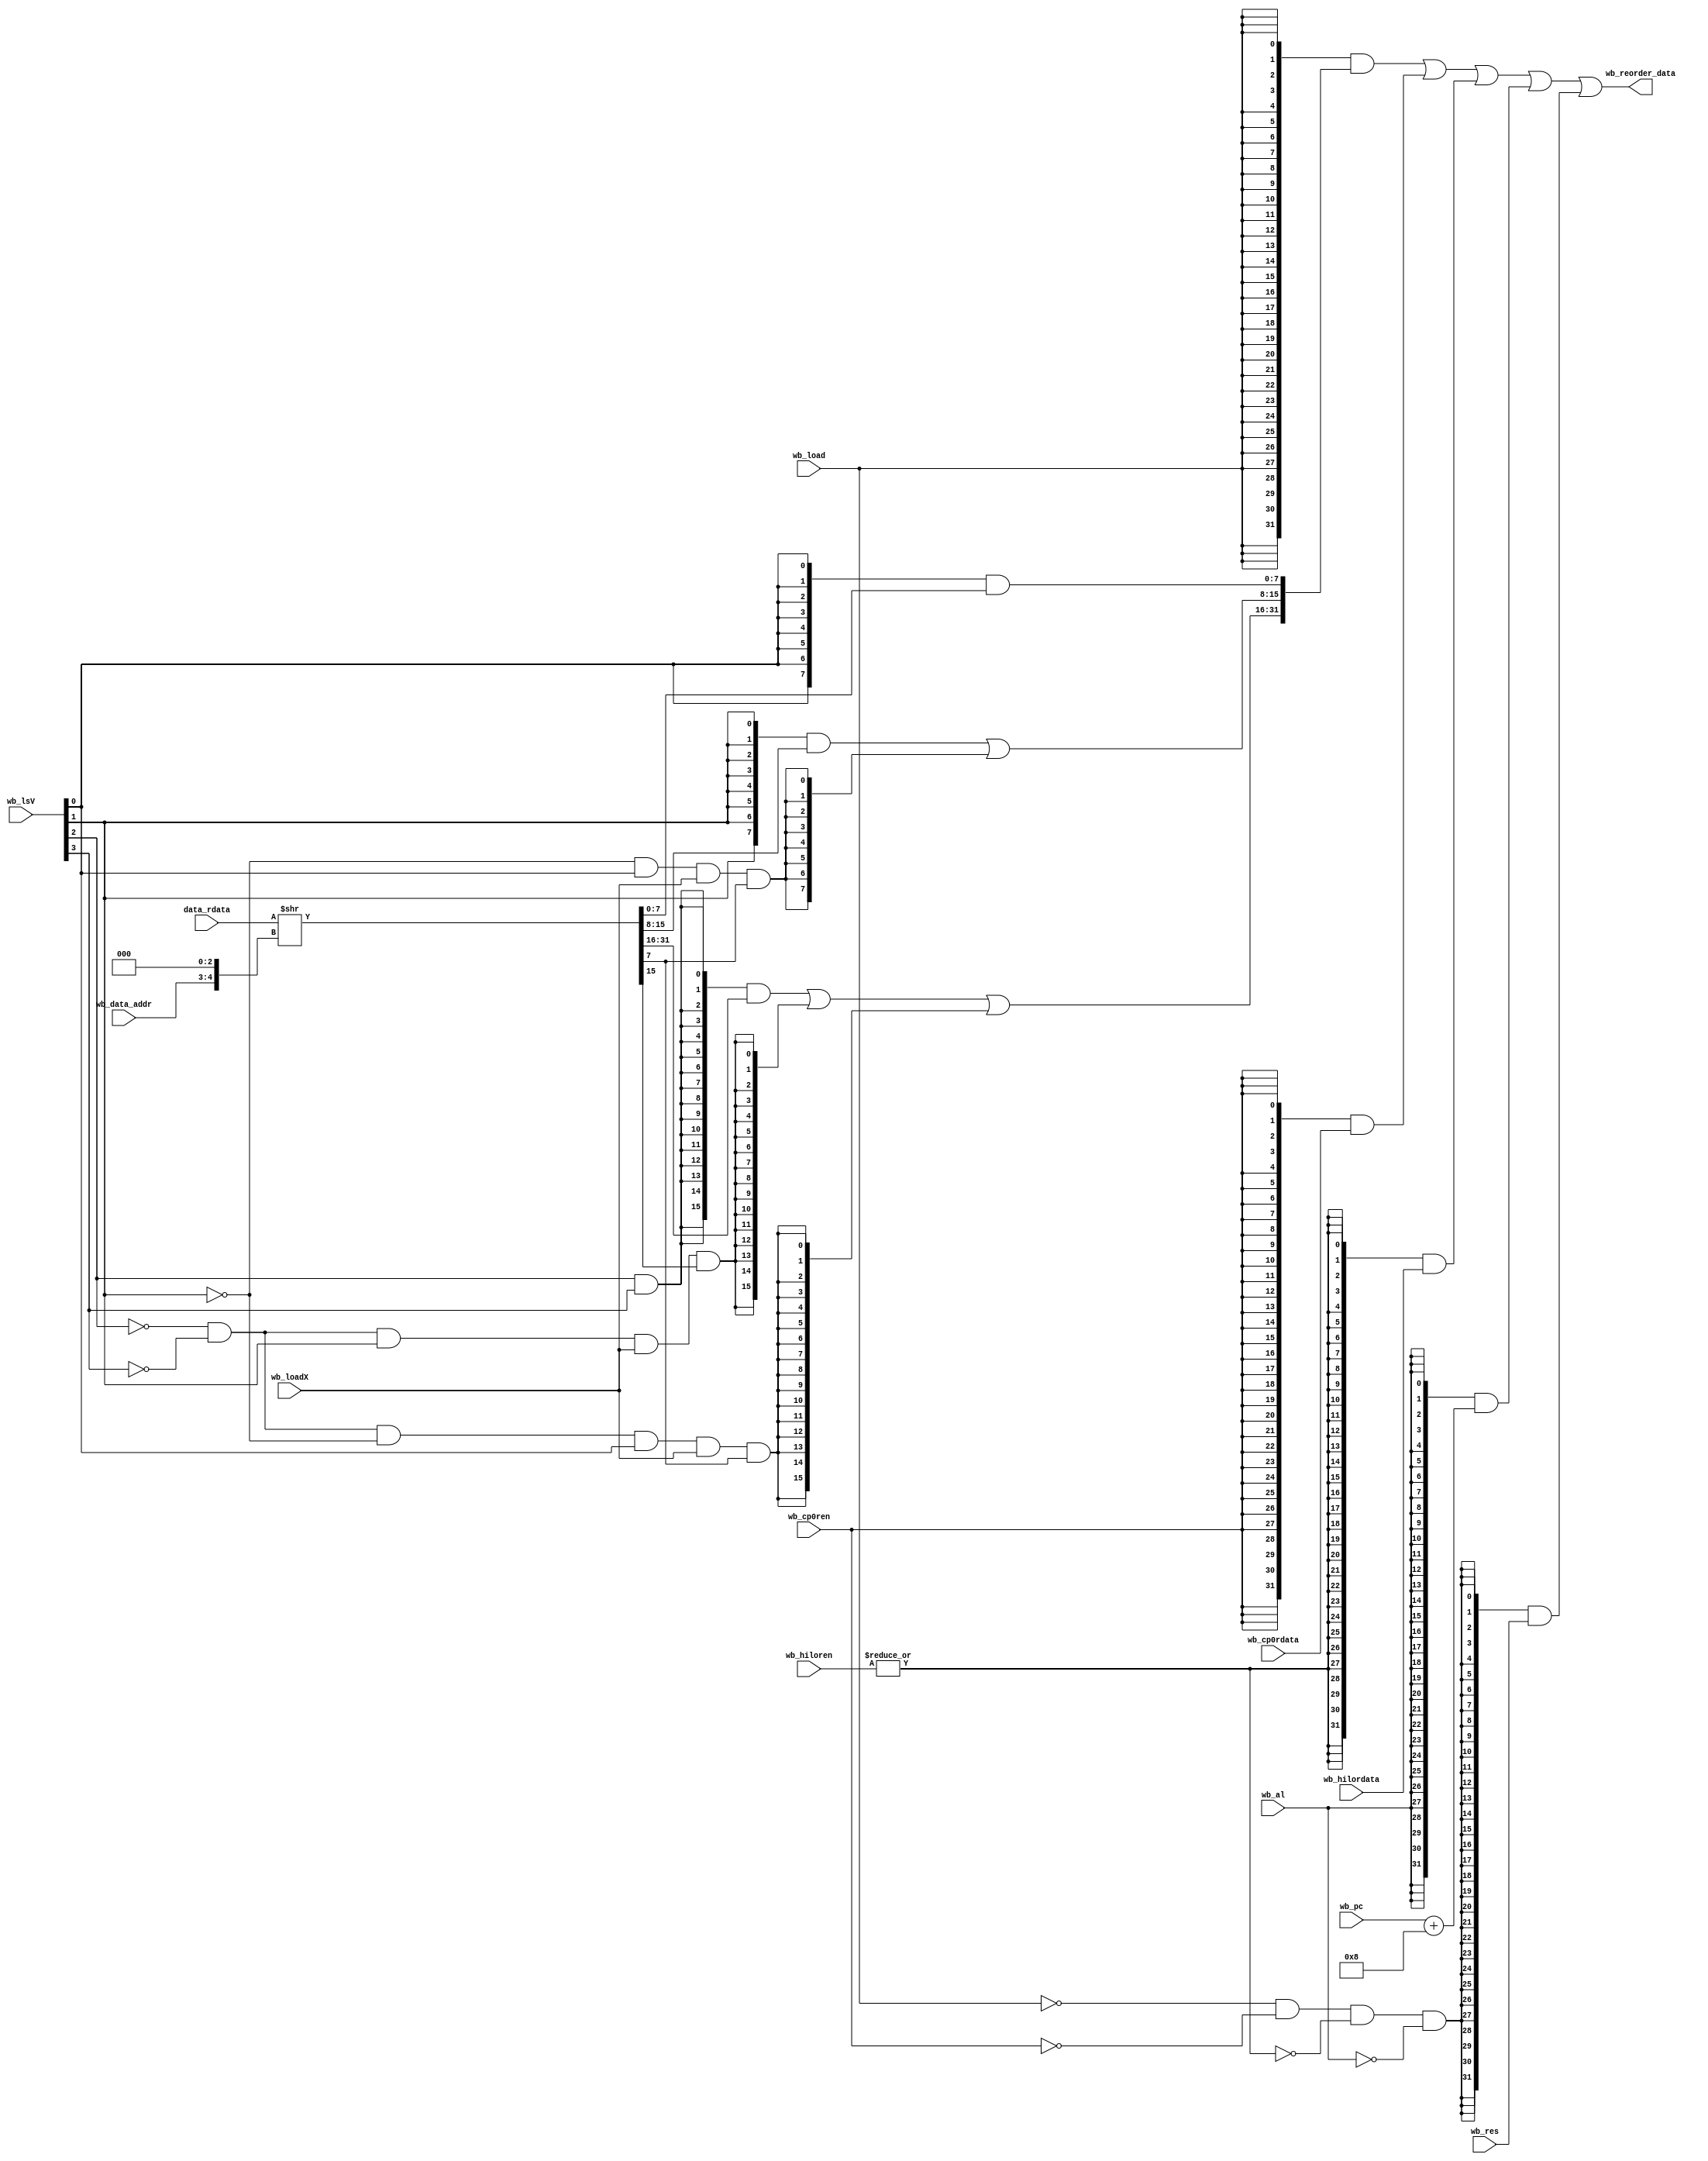
`timescale 1ns / 1ps

module wb (
    input [31:0]    data_rdata,
    input [31:0]    wb_pc,
    input [31:0]    wb_res,
    input           wb_load,
    input           wb_loadX,
    input [3 :0]    wb_lsV,
    input [1 :0]    wb_data_addr,
    input           wb_al,
    input           wb_cp0ren,
    input [31:0]    wb_cp0rdata,
    input [1 :0]    wb_hiloren,
    input [31:0]    wb_hilordata,

    output [31:0]   wb_reorder_data
);

    wire [31:0] wb_rdata;
    wire [31:0] wb_data_rdata = data_rdata >> {wb_data_addr, 3'b0};
    assign wb_rdata[7 : 0] =    {8{wb_lsV[0]}} & wb_data_rdata[7:0];
    assign wb_rdata[15: 8] =    {8{wb_lsV[1]}} & wb_data_rdata[15:8] |
                                {8{!wb_lsV[1] && wb_lsV[0] && wb_loadX && wb_data_rdata[7]}};
    assign wb_rdata[31:16] =    {16{wb_lsV[2] && wb_lsV[3]}} & wb_data_rdata[31:16]   |
                                {16{!wb_lsV[2] && !wb_lsV[3] && wb_lsV[1] && wb_loadX && wb_data_rdata[15]}} |
                                {16{!wb_lsV[2] && !wb_lsV[3] && !wb_lsV[1] && wb_lsV[0] && wb_loadX && wb_data_rdata[7]}};
    // * 
    assign wb_reorder_data  =   {32{wb_load}    } & wb_rdata        |   //* wbloadrs
                                {32{wb_cp0ren}  } & wb_cp0rdata     |   //* wbcp0rs
                                {32{|wb_hiloren}} & wb_hilordata    |   //* wbHI/LOrs
                                {32{wb_al}      } & (wb_pc+32'd8)   |   //* wbalGPR[31]
                                {32{!wb_load && !wb_cp0ren && !(|wb_hiloren) && !wb_al}} & wb_res;

endmodule